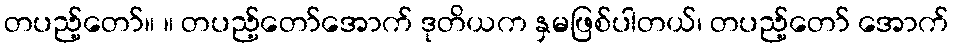
တပည့်တော်။ ။ တပည့်တော်အောက် ဒုတိယက နှမဖြစ်ပါတယ်၊ တပည့်တော် အောက်